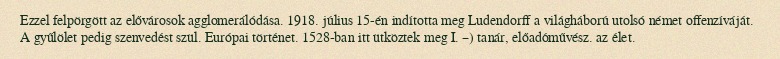
Ezzel felpörgött az elővárosok agglomerálódása. 1918. július 15-én indította meg Ludendorff a világháború utolsó német offenzíváját. A gyűlölet pedig szenvedést szül. Európai történet. 1528-ban itt ütköztek meg I. –) tanár, előadóművész. az élet.